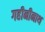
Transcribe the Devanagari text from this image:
गहीनीनाथ